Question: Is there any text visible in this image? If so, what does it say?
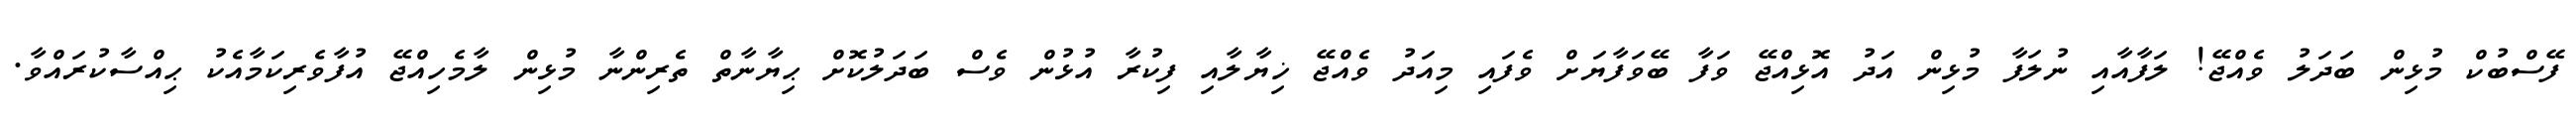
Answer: ފޭސްބުކް މުޅިން ބަދަލު ވެއްޖޭ! ލަފާއާއި ނުލަފާ މުޅިން އަދު އޮޅިއްޖޭ ވަފާ ބޭވަފާޔަށް ވެފައި މިއަދު ވެއްޖޭ ޚިޔާލާއި ފިކުރާ އުޅުން ވެސް ބަދަލުކޮށް ޙިޔާނާތް ތެރިންނާ މުޅިން ލާމެހިއްޖޭ އުފާވެރިކަމާއެކު ޙިއްސާކުރައްވާ.